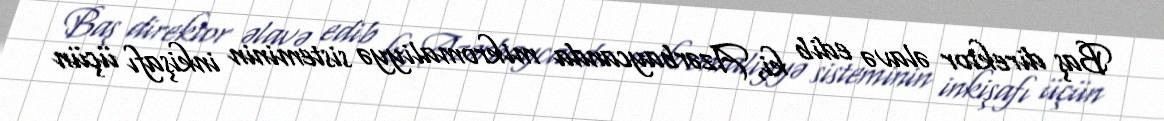
Baş direktor əlavə edib ki, Azərbaycanda mikromaliyyə sisteminin inkişafı üçün